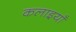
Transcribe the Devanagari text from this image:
कलाइयाँ